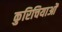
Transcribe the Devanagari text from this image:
कुरिचियाओं